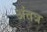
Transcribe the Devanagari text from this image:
अंतत्र